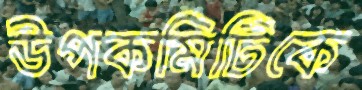
উপকমিটিকে